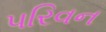
પરિવન